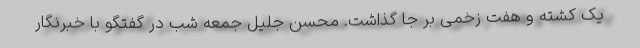
یک کشته و هفت زخمی بر جا گذاشت. محسن جلیل جمعه شب در گفتگو با خبرنگار